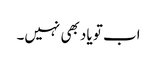
اب تو یاد بھی نہیں۔